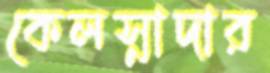
কেলস্নাদার